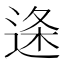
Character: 𮞓